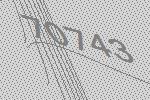
70743